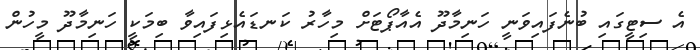
އެ ސިޓީގައި ބުނެފައިވަނީ ހަނިމާދޫ އެއާޕޯޓަށް މިހާރު ކަނޑައެޅިފައިވާ ބިމަކީ ހަނިމާދޫ މީހުން